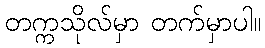
တက္ကသိုလ်မှာ တက်မှာပါ။